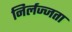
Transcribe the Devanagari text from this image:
निर्लज्जता